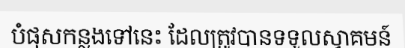
បំផុសកន្លងទៅនេះ ដែលត្រូវបានទទួលស្វាគមន៍